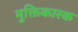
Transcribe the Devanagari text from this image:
मुक्तिकारक